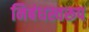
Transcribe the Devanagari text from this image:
निबंधस्वरूप